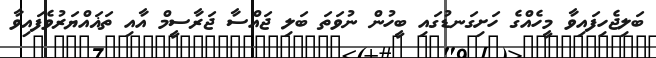
ބަލިޖެހިފައިވާ މީހެއްގެ ހަށިގަނޑުގައި ބީހުން ނުވަތަ ބަލި ޖައްސާ ޖަރާސީމް އާއި ތަޣައްޔަރުވެފައިވާ